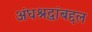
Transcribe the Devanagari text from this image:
अंधश्रद्धांबद्दल